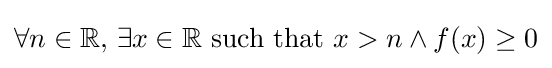
\forall n\in \mathbb {R} {\mbox{, }}\exists x\in \mathbb {R} {\mbox{ such that }}x>n\land f(x)\geq 0